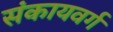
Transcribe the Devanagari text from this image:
संकायवर्ग